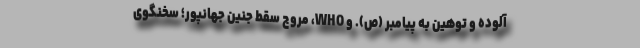
آلوده و توهین به پیامبر (ص). و WHO، مروج سقط جنین جهانپور؛ سخنگوی